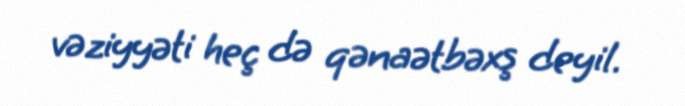
vəziyyəti heç də qənaətbəxş deyil.